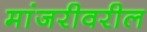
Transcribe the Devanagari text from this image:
मांजरीवरील